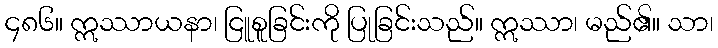
၄၈၆။ ဣဿာယနာ၊ ငြူစူခြင်းကို ပြုခြင်းသည်။ ဣဿာ၊ မည်၏။ သာ၊